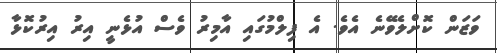
ވަޒަން ކޮށްލެވޭނެ އެވެ. އެ ފިލްމުގައި އާމިރު ވެސް އުޅެނީ އިރު އިރުކޮޅާ